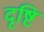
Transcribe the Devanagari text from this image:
दृष्टि